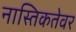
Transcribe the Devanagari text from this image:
नास्तिकतेवर